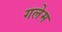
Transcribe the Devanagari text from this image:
गलेम